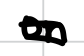
Text: on
Cross-out: double-line
Writing tool: digital_black